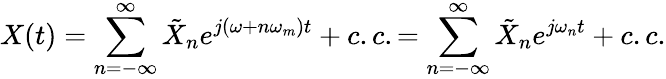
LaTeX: X(t)=\sum_{n=-\infty}^{\infty}\tilde{X}_{n}e^{j(\omega+n\omega_{m})t}+c.c.=\sum_{n=-\infty}^{\infty}\tilde{X}_{n}e^{j\omega_{n}t}+c.c.